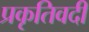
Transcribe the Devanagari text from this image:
प्रकृतिवदी